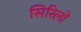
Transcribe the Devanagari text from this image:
सिरिलो